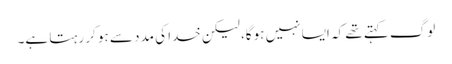
لوگ کہتے تھے کہ ایسا نہیں ہوگا، لیکن خدا کی مدد سے ہو کر رہتا ہے۔